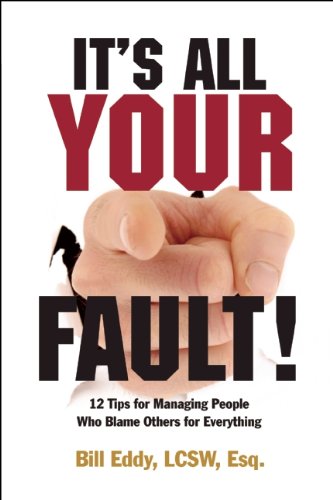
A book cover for It's All Your Fault!: 12 Tips for Managing People Who Blame Others for Everything; Bill Eddy; Business & Money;